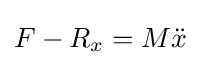
F-R_{x}=M{\ddot {x}}